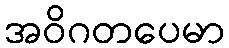
အဝိဂတပေမာ